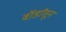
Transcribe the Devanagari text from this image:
वॉर्डांतून